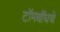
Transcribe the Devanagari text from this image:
टॉमबॉघचे